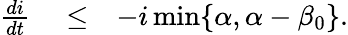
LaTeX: \begin{array}{rlr}{\frac{di}{dt}}&{{}\le}&{-i\operatorname*{min}\{ \alpha,\alpha-\beta_{0}\} .}\end{array}